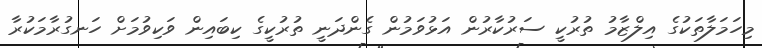
މިހަމަލާތަކުގެ އިލްޒާމު ތުރުކީ ސަރުކާރުން އަޅުވަމުން ގެންދަނީ ތުރުކީގެ ކިބައިން ވަކިވުމަށް ހަނގުރާމަކުރާ